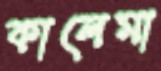
কালেমা